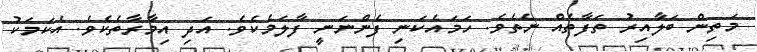
މަތިން ބަލާއިރު ތަފާތެއް ނެތެވެ. ހަމައެކަނި ފެންނަނީ ފާލަމެކެވެ. އަދި އިމާރާތެކެވެ. އެކަމަކު